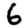
Digit: 6